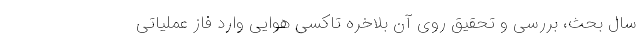
سال بحث، بررسی و تحقیق روی آن بلاخره تاکسی هوایی وارد فاز عملیاتی